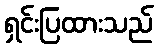
ရှင်းပြထားသည်